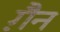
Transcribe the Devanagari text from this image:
ग़ैन